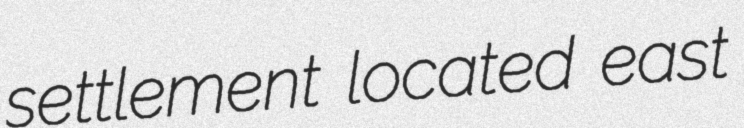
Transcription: settlement located east